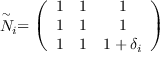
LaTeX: \stackrel { \sim } { N } _ { i } = \left( \begin{array} { c c c } { { 1 } } & { { 1 } } & { { 1 } } \\ { { 1 } } & { { 1 } } & { { 1 } } \\ { { 1 } } & { { 1 } } & { { 1 + \delta _ { i } } } \end{array} \right)